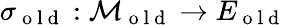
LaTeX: \sigma_{\mathrm{~o~l~d~}}:\mathcal{M}_{\mathrm{~o~l~d~}}\to E_{\mathrm{~o~l~d~}}